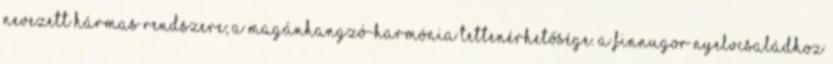
nevezett hármas rendszere; a magánhangzó-harmónia tettenérhetősége. A finnugor nyelvcsaládhoz